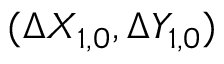
( \Delta X _ { 1 , 0 } , \Delta Y _ { 1 , 0 } )